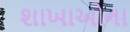
શાખાઓના